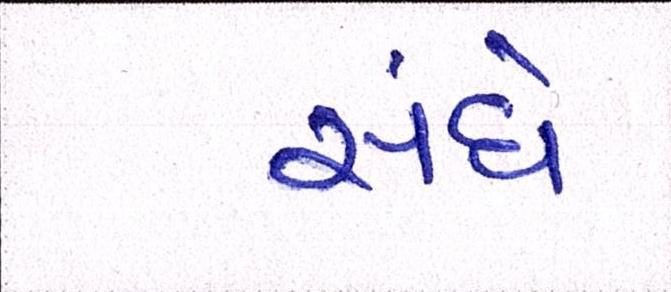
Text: સંઘે